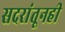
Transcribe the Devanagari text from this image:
सदरांतूनही